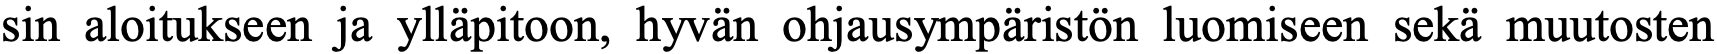
sin aloitukseen ja ylläpitoon, hyvän ohjausympäristön luomiseen sekä muutosten